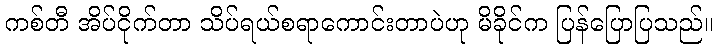
ကစ်တီ အိပ်ငိုက်တာ သိပ်ရယ်စရာကောင်းတာပဲဟု မိခိုင်က ပြန်ပြောပြသည်။